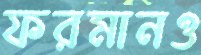
ফরমানও